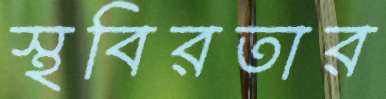
স্থবিরতার